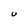
Character: U